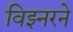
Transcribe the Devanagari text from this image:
विझ्नरने